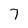
Character: 7